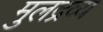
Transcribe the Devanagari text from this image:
मुलद्रव्य